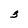
Character: 3